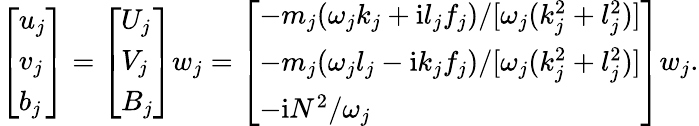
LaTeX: \begin{array}{r}{\left[\begin{array}{l}{u_{j}}\\ {v_{j}}\\ {b_{j}}\end{array}\right]=\left[\begin{array}{l}{U_{j}}\\ {V_{j}}\\ {B_{j}}\end{array}\right]w_{j}=\left[\begin{array}{l}{-{m_{j}(\omega_{j}k_{j}+\textnormal{i}l_{j}f_{j})}{/[\omega_{j}(k_{j}^{2}+l_{j}^{2})]}}\\ {-{m_{j}(\omega_{j}l_{j}-\textnormal{i}k_{j}f_{j})}{/[\omega_{j}(k_{j}^{2}+l_{j}^{2})]}}\\ {-\textnormal{i}{N^{2}}{/\omega_{j}}}\end{array}\right]w_{j}.}\end{array}